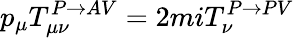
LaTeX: p_{\mu}T_{\mu\nu}^{P\rightarrow AV}=2miT_{\nu}^{P\rightarrow PV}